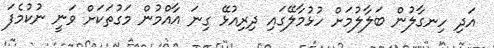
އަދި ހިނގާލުން ބަލާލުމަށް ހުޅުމާލޭގައި ދިރިއުޅޭ ގިނަ އާއްމުން މަގުތަކަށް ވަނީ ނުކުމެފަ